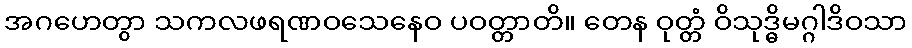
အဂဟေတွာ သကလဖရဏဝသေနေဝ ပဝတ္တာတိ။ တေန ဝုတ္တံ ဝိသုဒ္ဓိမဂ္ဂါဒိဝသာ